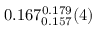
0 . 1 6 7 _ { 0 . 1 5 7 } ^ { 0 . 1 7 9 } ( 4 )